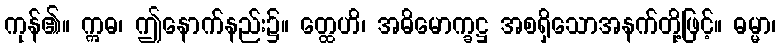
ကုန်၏။ ဣဓ၊ ဤနောက်နည်း၌။ တ္ထေဟိ၊ အဓိမောက္ခဋ္ဌ အစရှိသောအနက်တို့ဖြင့်။ ဓမ္မာ၊